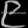
Digit: ၉